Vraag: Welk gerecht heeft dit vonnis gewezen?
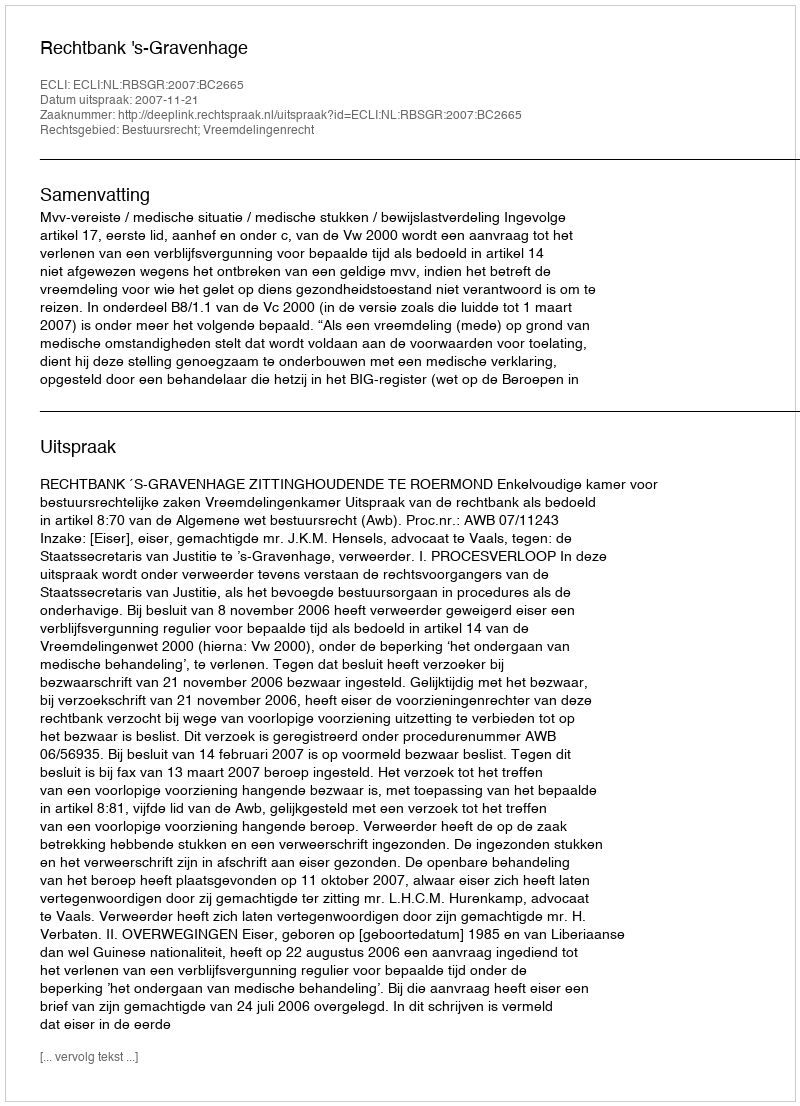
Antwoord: Rechtbank 's-Gravenhage